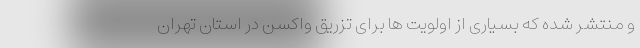
و منتشر شده که بسیاری از اولویت ها برای تزریق واکسن در استان تهران